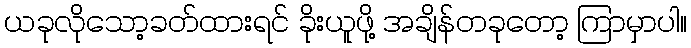
ယခုလိုသော့ခတ်ထားရင် ခိုးယူဖို့ အချိန်တခုတော့ ကြာမှာပါ။